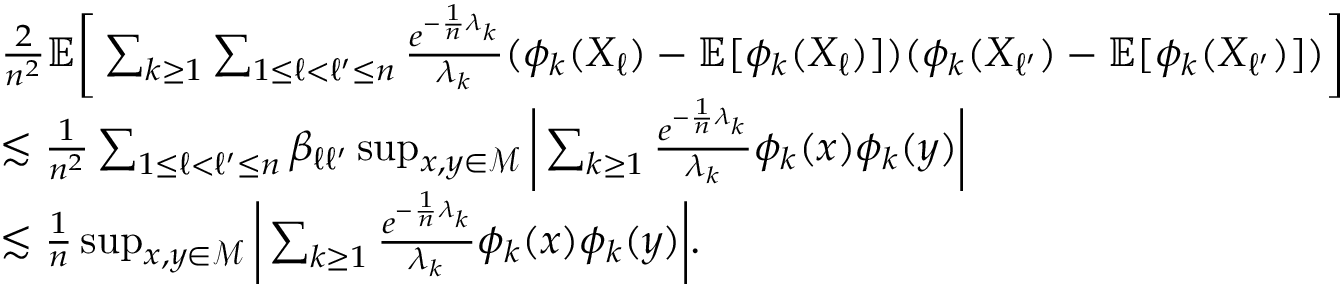
\begin{array} { r l } & { \frac 2 { n ^ { 2 } } \mathbb { E } \bigg [ \sum _ { k \ge 1 } \sum _ { 1 \le \ell < \ell ^ { \prime } \le n } \frac { e ^ { - \frac 1 n \lambda _ { k } } } { \lambda _ { k } } ( \phi _ { k } ( X _ { \ell } ) - \mathbb { E } [ \phi _ { k } ( X _ { \ell } ) ] ) ( \phi _ { k } ( X _ { \ell ^ { \prime } } ) - \mathbb { E } [ \phi _ { k } ( X _ { \ell ^ { \prime } } ) ] ) \bigg ] } \\ & { \lesssim \frac 1 { n ^ { 2 } } \sum _ { 1 \le \ell < \ell ^ { \prime } \le n } \beta _ { \ell \ell ^ { \prime } } \operatorname* { s u p } _ { x , y \in \mathcal { M } } \bigg \lvert \sum _ { k \ge 1 } \frac { e ^ { - \frac 1 n \lambda _ { k } } } { \lambda _ { k } } \phi _ { k } ( x ) \phi _ { k } ( y ) \bigg \rvert } \\ & { \lesssim \frac 1 n \operatorname* { s u p } _ { x , y \in \mathcal { M } } \bigg \lvert \sum _ { k \ge 1 } \frac { e ^ { - \frac 1 n \lambda _ { k } } } { \lambda _ { k } } \phi _ { k } ( x ) \phi _ { k } ( y ) \bigg \rvert . } \end{array}